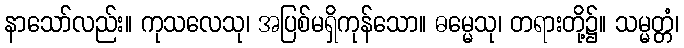
နာသော်လည်း။ ကုသလေသု၊ အပြစ်မရှိကုန်သော။ ဓမ္မေသု၊ တရားတို့၌။ သမ္မတ္တံ၊